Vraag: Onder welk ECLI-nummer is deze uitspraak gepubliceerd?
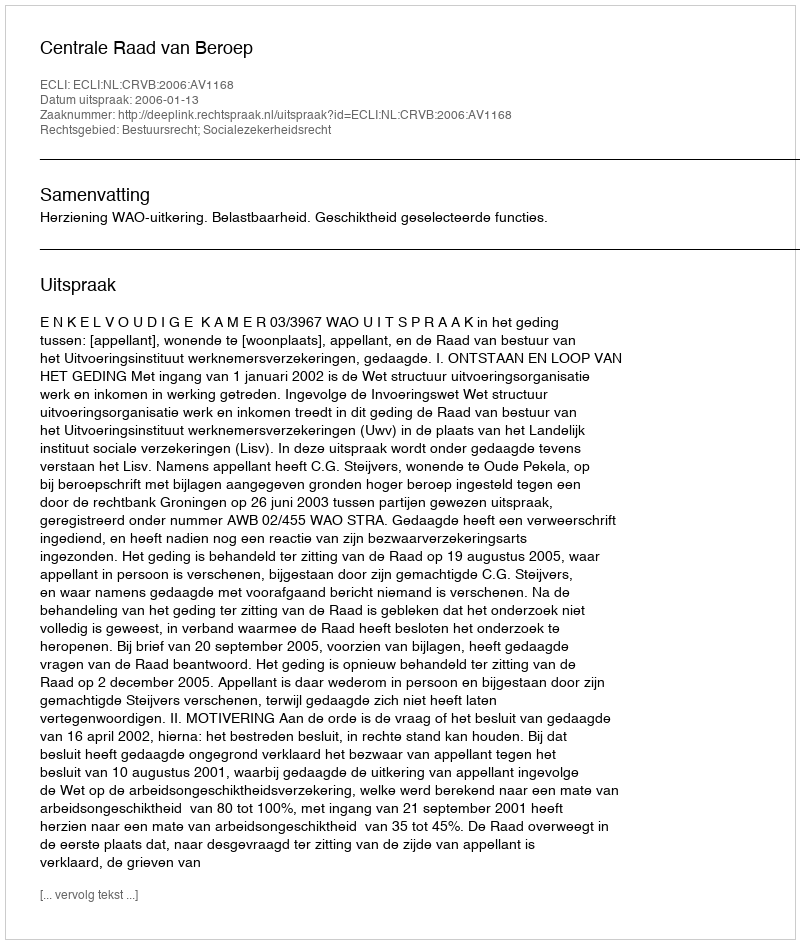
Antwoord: ECLI:NL:CRVB:2006:AV1168